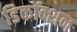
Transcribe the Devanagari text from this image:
डिकॉक्शन